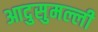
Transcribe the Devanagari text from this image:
आदुसुमल्ली